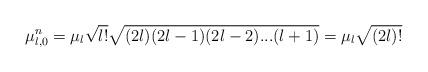
LaTeX: \begin{align*}\mu_{l,0}^{n}=\mu_{l}\sqrt{l!}\sqrt{(2l)(2l-1)(2l-2)...(l+1)}=\mu_{l}\sqrt{(2l)!}\end{align*}